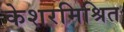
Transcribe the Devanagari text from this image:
केशरमिश्रित